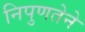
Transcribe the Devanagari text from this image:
निपुणतेने